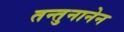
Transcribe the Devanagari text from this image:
तन्तुनानेन